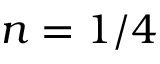
n = 1 / 4